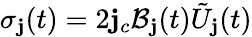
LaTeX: \sigma_{\mathbf{j}}(t)=2\mathbf{j}_{c}\mathcal{{B}}_{\mathbf{j}}(t)\tilde{{U}}_{\mathbf{j}}(t)